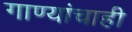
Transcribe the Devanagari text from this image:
गाण्यांचाही